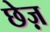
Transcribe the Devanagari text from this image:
छेज़